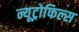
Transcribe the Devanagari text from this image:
न्यूट्रोफिल्स